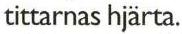
tittarnas hjärta.